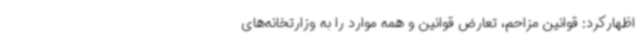
اظهارکرد: قوانین مزاحم، تعارض قوانین و همه موارد را به وزارتخانه‌های